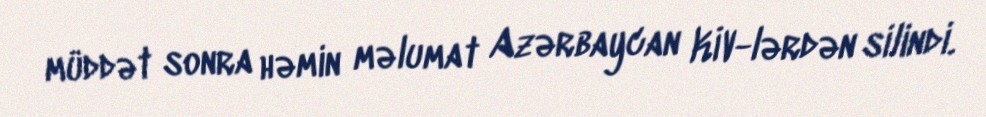
müddət sonra həmin məlumat Azərbaycan KİV-lərdən silindi.